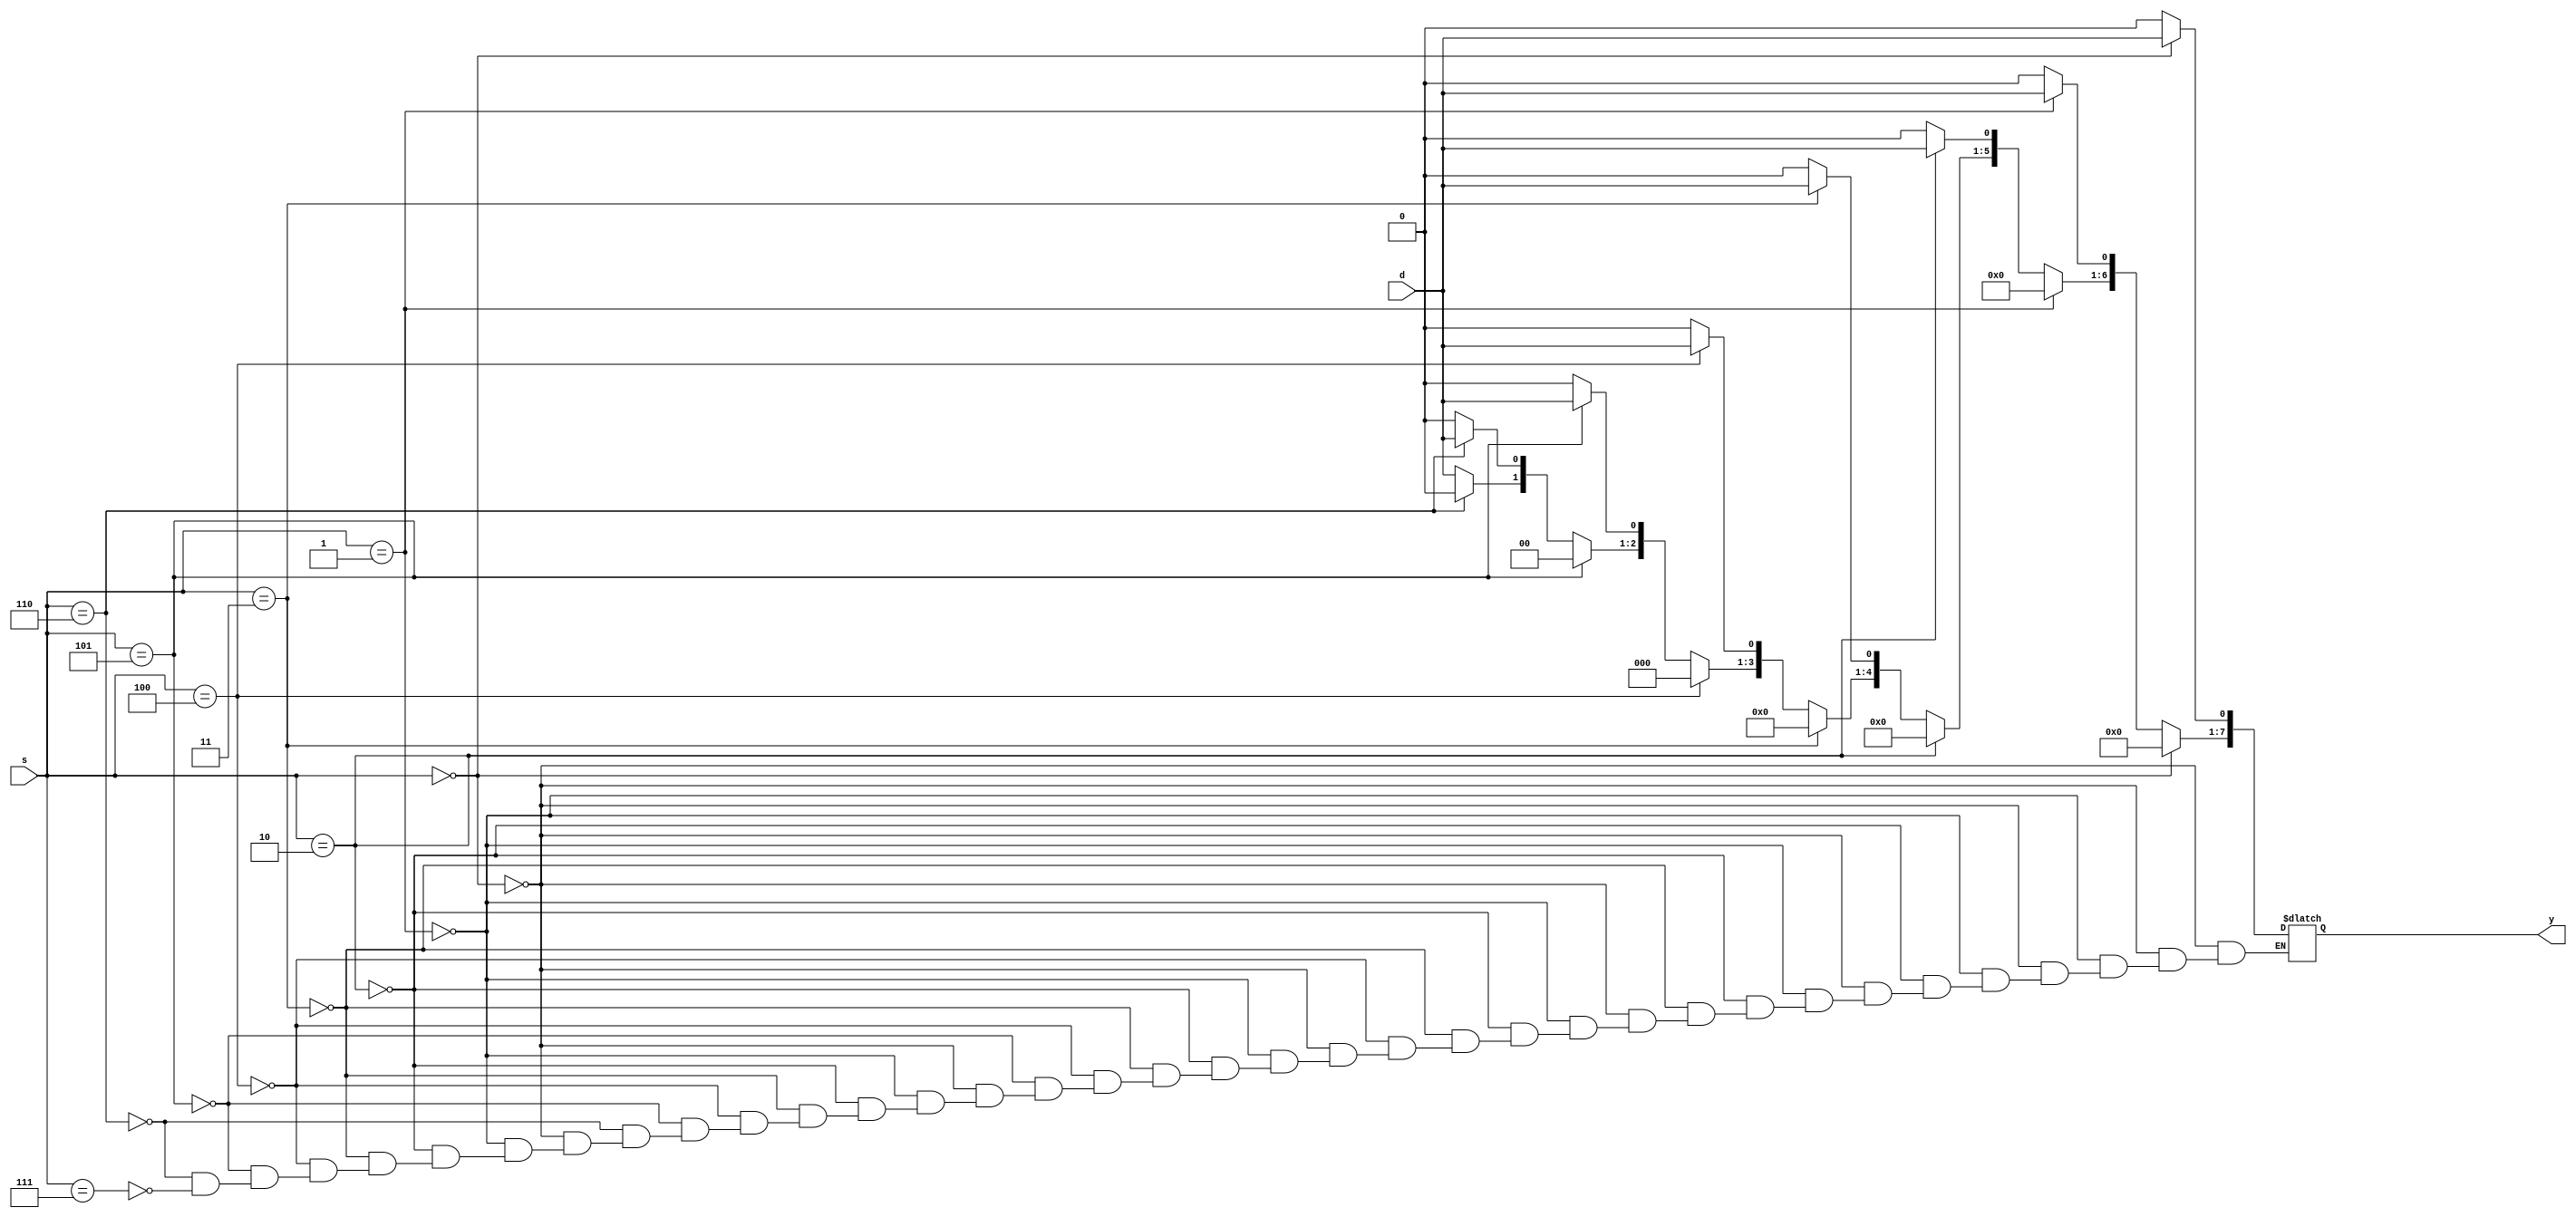
module dmux8(s, d, y);
input [2:0] s;
 input d;
output [7:0] y;
reg [7:0]y;
always@(s or d)
     if (s==3'd0)
     begin
         y=8'h00;
         y[0]=d;
     end
     else if (s==3'd1)
     begin
        y=8'h00;
        y[1]=d;
     end
     else if (s==3'd2)
     begin
        y=8'h00;
        y[2]=d;
     end
     else if (s==3'd3)
     begin
         y=8'h00;
         y[3]=d;
     end
     else if (s==3'd4)
     begin
         y=8'h00;
         y[4]=d;
     end
     else if (s==3'd5)
     begin
         y=8'h00;
         y[5]=d;
     end
     else if (s==3'd6)
     begin
         y=8'h00;
         y[6]=d;
     end
     else if (s==3'd7)
     begin
         y=8'h00;
         y[7]=d;
     end
endmodule

module testbench();
reg d;
reg [2:0]s;
wire [7:0]y;
dmux8 d1(s,d,y);
initial
begin
d=1;s=3'd0;
#10 d=1;s=3'd1;
#10 d=1;s=3'd2;
#10 d=1;s=3'd3;
#10 d=1;s=3'd4;
#10 d=1;s=3'd5;
#10 d=1;s=3'd6;
#10 d=1;s=3'd7;
#10 $finish;
end
endmodule